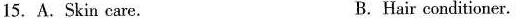
15.A.Skin care. B. Hair conditioner.